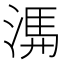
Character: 𭱃